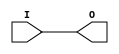
module BUF (O, I);


`ifdef XIL_TIMING

    parameter LOC = "UNPLACED";

`endif

    output O;
    input I;
    
    buf B1 (O, I);

`ifdef XIL_TIMING

    specify

	(I => O) = (0:0:0, 0:0:0);
	specparam PATHPULSE$ = 0;
	
    endspecify

`endif
    
endmodule